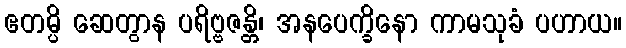
ဧတမ္ပိ ဆေတွာန ပရိဗ္ဗဇန္တိ၊ အနပေက္ခိနော ကာမသုခံ ပဟာယ။